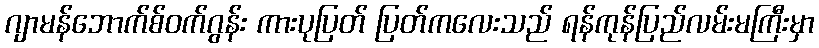
ဂျာမန်ဘောက်စ်ဝက်ဂွန်း ကားပုပြတ် ပြတ်ကလေးသည် ရန်ကုန်ပြည်လမ်းမကြီးမှာ